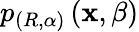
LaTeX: p_{\left(R,\alpha\right)}\left(\mathbf{x},\beta\right)